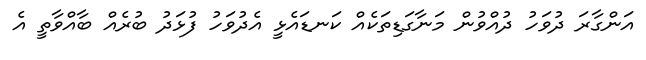
އަންގާރަ ދުވަހު ދުއްވުން މަނާގަޑިތަކެއް ކަނޑައެޅީ އެދުވަހު ފުޅަދު ބުރެއް ބާއްވާތީ އެ